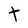
Character: t